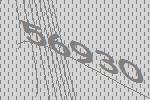
56930